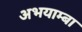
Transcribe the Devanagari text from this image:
अभयाम्बा